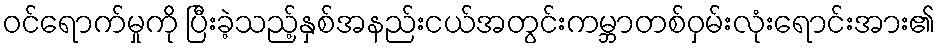
ဝင်ရောက်မှုကို ပြီးခဲ့သည့်နှစ်အနည်းငယ်အတွင်းကမ္ဘာတစ်ဝှမ်းလုံးရောင်းအား၏